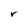
Character: r